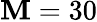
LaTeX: \mathbf{M}=30